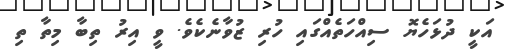
އަކީ ދުޅަހެޔޮ ސިއްހަތެއްގައި ހުރި ޒުވާނެކެވެ. ވީ އިރު ތިބާ މިތާ ތި